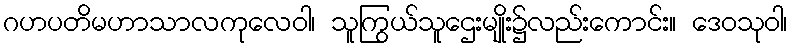
ဂဟပတိမဟာသာလကုလေဝါ၊ သူကြွယ်သူဌေးမျိုး၌လည်းကောင်း။ ဒေဝသုဝါ၊